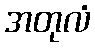
အတုလံ